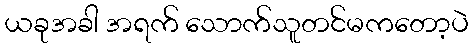
ယခုအခါ အရက် သောက်သူတင်မကတော့ပဲ